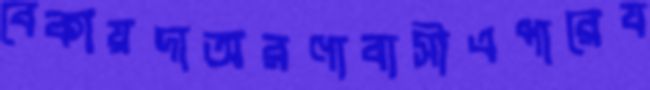
বেকায়দাঅরণ্যবাসীএপারেয